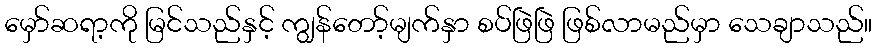
မှော်ဆရာ့ကို မြင်သည်နှင့် ကျွန်တော့်မျက်နှာ စပ်ဖြဲဖြဲ ဖြစ်လာမည်မှာ သေချာသည်။